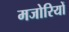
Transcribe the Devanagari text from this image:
मजोरियों